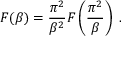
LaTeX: F ( \beta ) = \frac { \pi ^ { 2 } } { \beta ^ { 2 } } F \left( \frac { \pi ^ { 2 } } { \beta } \right) \; .